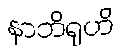
နာဘိရုဟိ